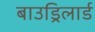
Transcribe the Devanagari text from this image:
बाउड्रिलार्ड